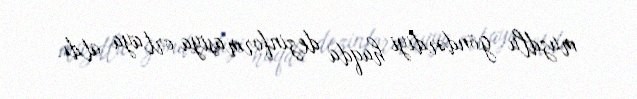
muzdlu göndərdiyi haqda dezinformasiya ortaya atdı.